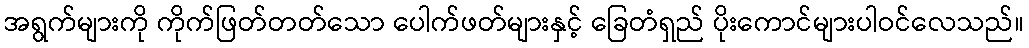
အရွက်များကို ကိုက်ဖြတ်တတ်သော ပေါက်ဖတ်များနှင့် ခြေတံရှည် ပိုးကောင်များပါဝင်လေသည်။